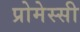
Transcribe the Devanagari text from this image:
प्रोमेस्सी